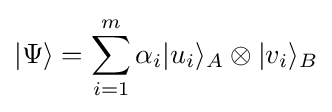
|\Psi \rangle =\sum _{i=1}^{m}\alpha _{i}|u_{i}\rangle _{A}\otimes |v_{i}\rangle _{B}